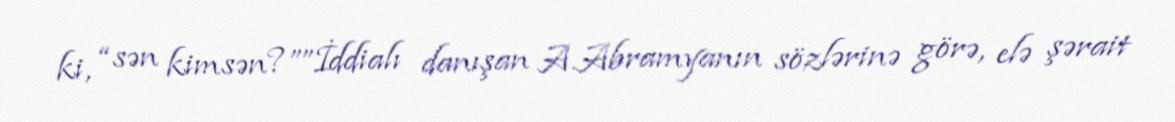
ki, “sən kimsən?””İddialı danışan A.Abramyanın sözlərinə görə, elə şərait